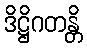
ဒိဋ္ဌိဂတန္တိ